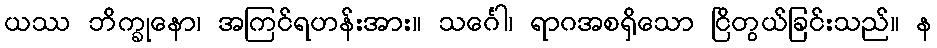
ယဿ ဘိက္ခုနော၊ အကြင်ရဟန်းအား။ သင်္ဂေါ၊ ရာဂအစရှိသော ငြိတွယ်ခြင်းသည်။ န